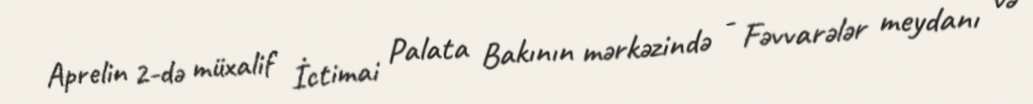
Aprelin 2-də müxalif İctimai Palata Bakının mərkəzində - Fəvvarələr meydanı və